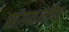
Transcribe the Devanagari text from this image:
संगठनीय